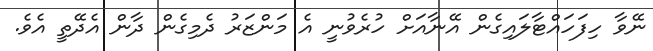
ނޭވާ ހިފަހައްޓާލައިގެން އޭނާއަށް ހުރެވުނީ އެ މަންޒަރު ދެމިގެން ދާން އެދޭތީ އެވެ.